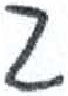
אות: ג